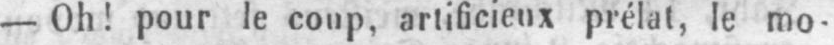
- Oh! pour le coup, artificieux prélat, le mo-